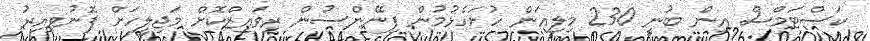
ކަސްޓަމްސް އިން ބުނީ 230 މިލިއަން ހުށަހެޅުމުން ފިނޭންސުން ރިވައިޒްކޮށް މަޖިލީހަށް ފޮނުވިއިރު